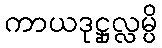
ကာယဒုဋ္ဌုလ္လမ္ပိ